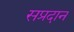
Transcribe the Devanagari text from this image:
सप्रदान